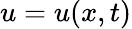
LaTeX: u=u(x,t)